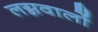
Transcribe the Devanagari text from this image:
लग्नवालों